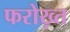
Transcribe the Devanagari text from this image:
फरोख़्त